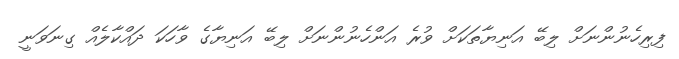
ފިރިހެނުންނަށް ލިބޭ އަނިޔާތަކަށް ވުރެ އަންހެނުންނަށް ލިބޭ އަނިޔާގެ ވާހަކަ ދައްކާލެއް ގިނަވަނީ